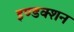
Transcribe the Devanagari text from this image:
इण्डक्शन